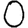
Digit: 0